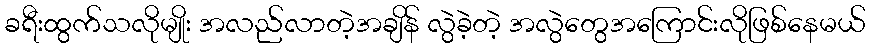
ခရီးထွက်သလိုမျိုး အလည်လာတဲ့အချိန် လွဲခဲ့တဲ့ အလွဲတွေအကြောင်းလိုဖြစ်နေမယ်